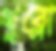
খুব্‌লো